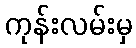
ကုန်းလမ်းမှ